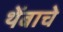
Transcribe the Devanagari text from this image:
थेंबाचे